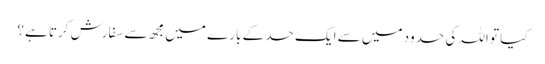
کیا تو اللہ کی حدود میں سے ایک حد کے بارے میں مجھ سے سفارش کرتا ہے؟